Report on vaccination in Madras 1877-1894 - 1877-1894
Year: 1877
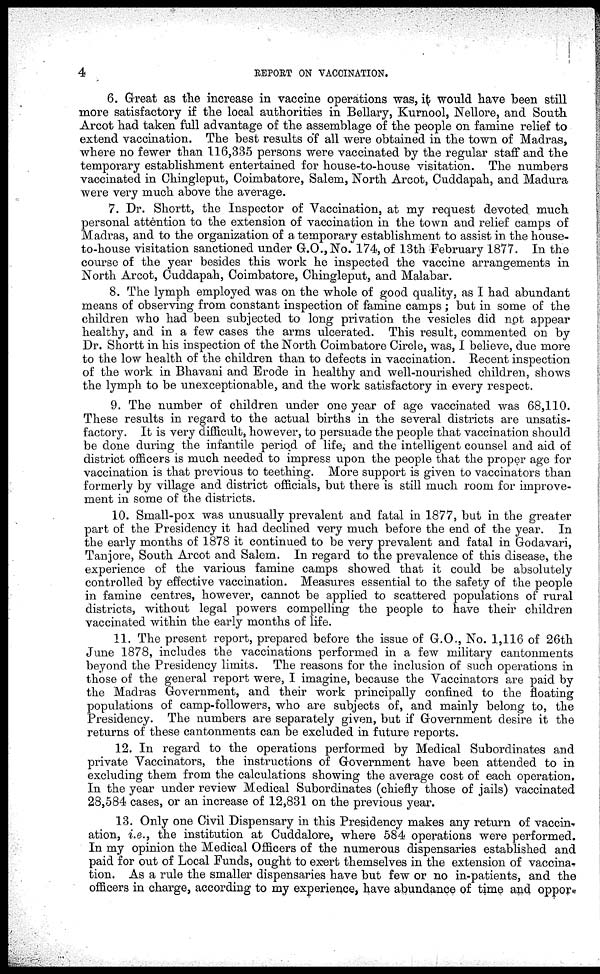
4
REPORT ON VACCINATION.
6. Great as the increase in vaccine operations was, it would have been still
more satisfactory if the local authorities in Bellary, Kurnool, Nellore, and South
Arcot had taken full advantage of the assemblage of the people on famine relief to
extend vaccination. The best results of all were obtained in the town of Madras,
where no fewer than 116,335 persons were vaccinated by the regular staff and the
temporary establishment entertained for house-to-house visitation. The numbers
vaccinated in Chingleput, Coimbatore, Salem, North Arcot, Cuddapah, and Madura
were very much above the average.
7. Dr. Shortt, the Inspector of Vaccination, at my request devoted much
personal attention to the extension of vaccination in the town and relief camps of
Madras, and to the organization of a temporary establishment to assist in the house¬
to-house visitation sanctioned under G.O., No. 174, of 13th February 1877. In the
course of the year besides this work he inspected the vaccine arrangements in
North Arcot, Cuddapah, Coimbatore, Chingleput, and Malabar.
8. The lymph employed was on the whole of good quality, as I had abundant
means of observing from constant inspection of famine camps ; but in some of the
children who had been subjected to long privation the vesicles did not appear
healthy, and in a few cases the arms ulcerated. This result, commented on by
Dr. Shortt in his inspection of the North Coimbatore Circle, was, I believe, due more
to the low health of the children than to defects in vaccination. Recent inspection
of the work in Bhavani and Erode in healthy and well-nourished children, shows
the lymph to be unexceptionable, and the work satisfactory in every respect.
9. The number of children under one year of age vaccinated was 68,110.
These results in regard to the actual births in the several districts are unsatis-
factory. It is very difficult, however, to persuade the people that vaccination should
be done during the infantile period of life, and the intelligent counsel and aid of
district officers is much needed to impress upon the people that the proper age for
vaccination is that previous to teething. More support is given to vaccinators than
formerly by village and district officials, but there is still much room for improve-
ment in some of the districts.
10. Small-pox was unusually prevalent and fatal in 1877, but in the greater
part of the Presidency it had declined very much before the end of the year. In
the early months of 1878 it continued to be very prevalent and fatal in Godavari,
Tanjore, South Arcot and Salem. In regard to the prevalence of this disease, the
experience of the various famine camps showed that it could be absolutely
controlled by effective vaccination. Measures essential to the safety of the people
in famine centres, however, cannot be applied to scattered populations of rural
districts, without legal powers compelling the people to have their children
vaccinated within the early months of life.
11. The present report, prepared before the issue of G.O., No. 1,116 of 26th
June 1878, includes the vaccinations performed in a few military cantonments
beyond the Presidency limits. The reasons for the inclusion of such operations in
those of the general report were, I imagine, because the Vaccinators are paid by
the Madras Government, and their work principally confined to the floating
populations of camp-followers, who are subjects of, and mainly belong to, the
Presidency. The numbers are separately given, but if Government desire it the
returns of these cantonments can be excluded in future reports.
12. In regard to the operations performed by Medical Subordinates and
private Vaccinators, the instructions of Government have been attended to in
excluding them from the calculations showing the average cost of each operation.
In the year under review Medical Subordinates (chiefly those of jails) vaccinated
28,584 cases, or an increase of 12,831 on the previous year.
13. Only one Civil Dispensary in this Presidency makes any return of vaccin-
ation, i.e., the institution at Cuddalore, where 584 operations were performed.
In my opinion the Medical Officers of the numerous dispensaries established and
paid for out of Local Funds, ought to exert themselves in the extension of vaccina-
tion. As a rule the smaller dispensaries have but few or no in-patients, and the
officers in charge, according to my experience, have abundance of time and oppor¬